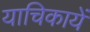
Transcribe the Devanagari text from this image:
याचिकायें